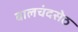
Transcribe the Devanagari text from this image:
बालचंदसेठ